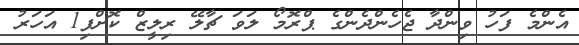
އެންމެ ފަހު ވިންދާ ޖެހެންދެންގެ ޕްރޮމޯ ލަވަ ޗާލޭ ރިލީޒް ކޮށްފި1 އަހަރު